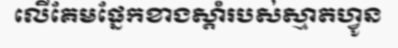
លើគែមផ្នែកខាងស្តាំរបស់ស្មាតហ្វូន